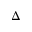
\Delta